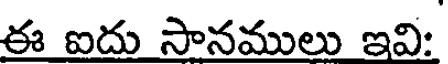
ఈ ఐదు సానములు ఇవి: